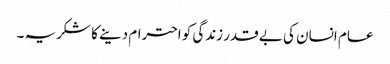
عام انسان کی بے قدر زندگی کو احترام دینے کا شکریہ ۔